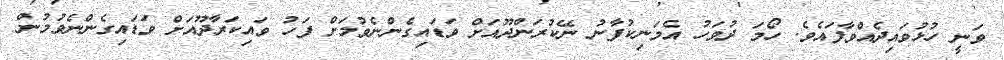
ވަނީ ހުޅުވައިދެއްވާފައެވެ. ހޯމަ ދުވަހު އެމަނިކުފާނު ނޭކުރަންދޫއަށް ވަޑައިގެންނެވުމަށް ފަހު ވައިކަރާދޫއަށް ވަޑައިގެންނެވުމުން